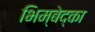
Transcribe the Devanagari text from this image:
भिम्बेद्का